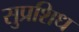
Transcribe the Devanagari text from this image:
सुप्रशिध